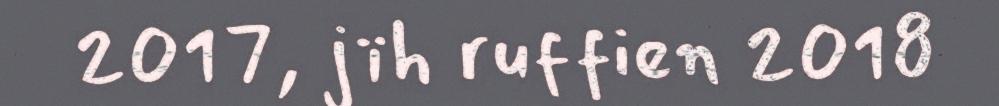
2017, jïh ruffien 2018